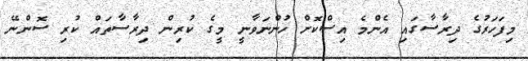
މިފަހަރުގެ ދިރާސާގައި އެންމެ އިސްކޮށް ހުންނަވާނީ މީގެ ކުރިން ދިރާސާތައް ކުރި ސޮންނޭ